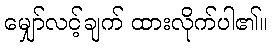
မျှော်လင့်ချက် ထားလိုက်ပါ၏။